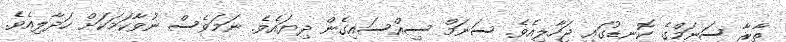
ތާރާ ސަނަމްގެ ކޮނޑުގައި ޖަހާލިއެވެ. ސަނަމް ސިއްސައިގެން ދިޔައެވެ. ނަމަވެސް ނުވާކަމަކަށް ހަދާލިއެވެ.